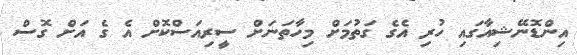
އިންޑޮނޭޝިއާގައި ހުރި އެގެ ގަތުމަށް މިހާތަނަށް ސީރިއަސްކޮށް އެ ގެ އަށް ގޮސް